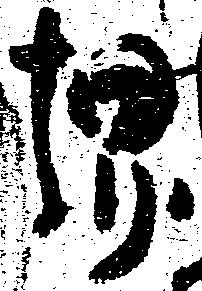
堺